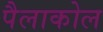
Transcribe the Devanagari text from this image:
पैलाकोल